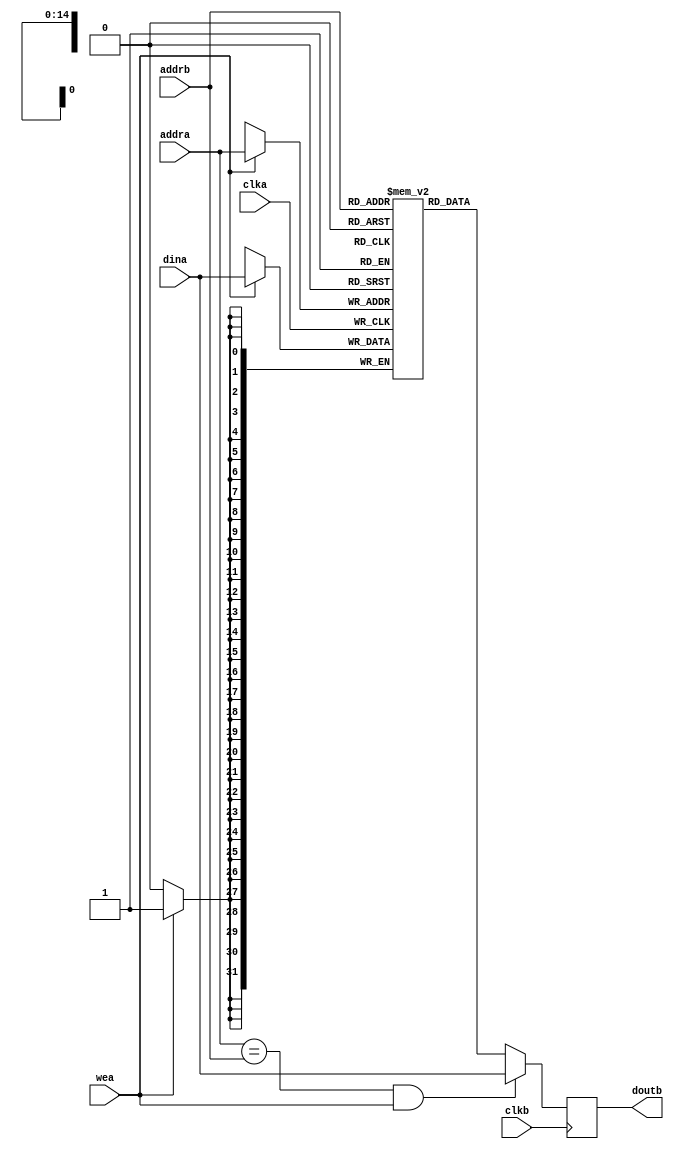
module flash (
    input clka,
    input clkb,
    input [14:0] addrb,
    output reg [31:0] doutb,

    input [14:0] addra,//32k
    input [31:0] dina,
    input wea
);
    reg [31:0] flash [32767:0];
    always @(posedge clka ) begin
        if(wea)begin
            flash[addra]<=dina;
            // memory[mem_write_address+2'd3]<=mem_write_data[31:24];
            // memory[mem_write_address+2'd2]<=mem_write_data[23:16];
            // memory[mem_write_address+2'd1]<=mem_write_data[15:8];
            // memory[mem_write_address]<=mem_write_data[7:0];
        end
    end

    always @(posedge clkb ) begin
        if(addra==addrb&&wea)begin//
            doutb<=dina;
        end
        else begin
           doutb<=flash[addrb]; 
        end
    end

endmodule //rom